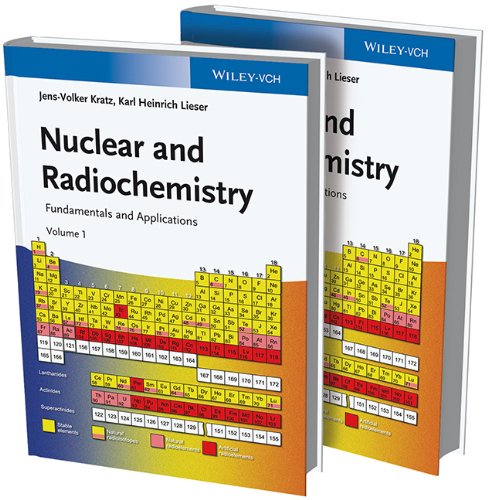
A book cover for Nuclear and Radiochemistry: Fundamentals and Applications, 2 Volume Set; Jens-Volker Kratz; Science & Math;